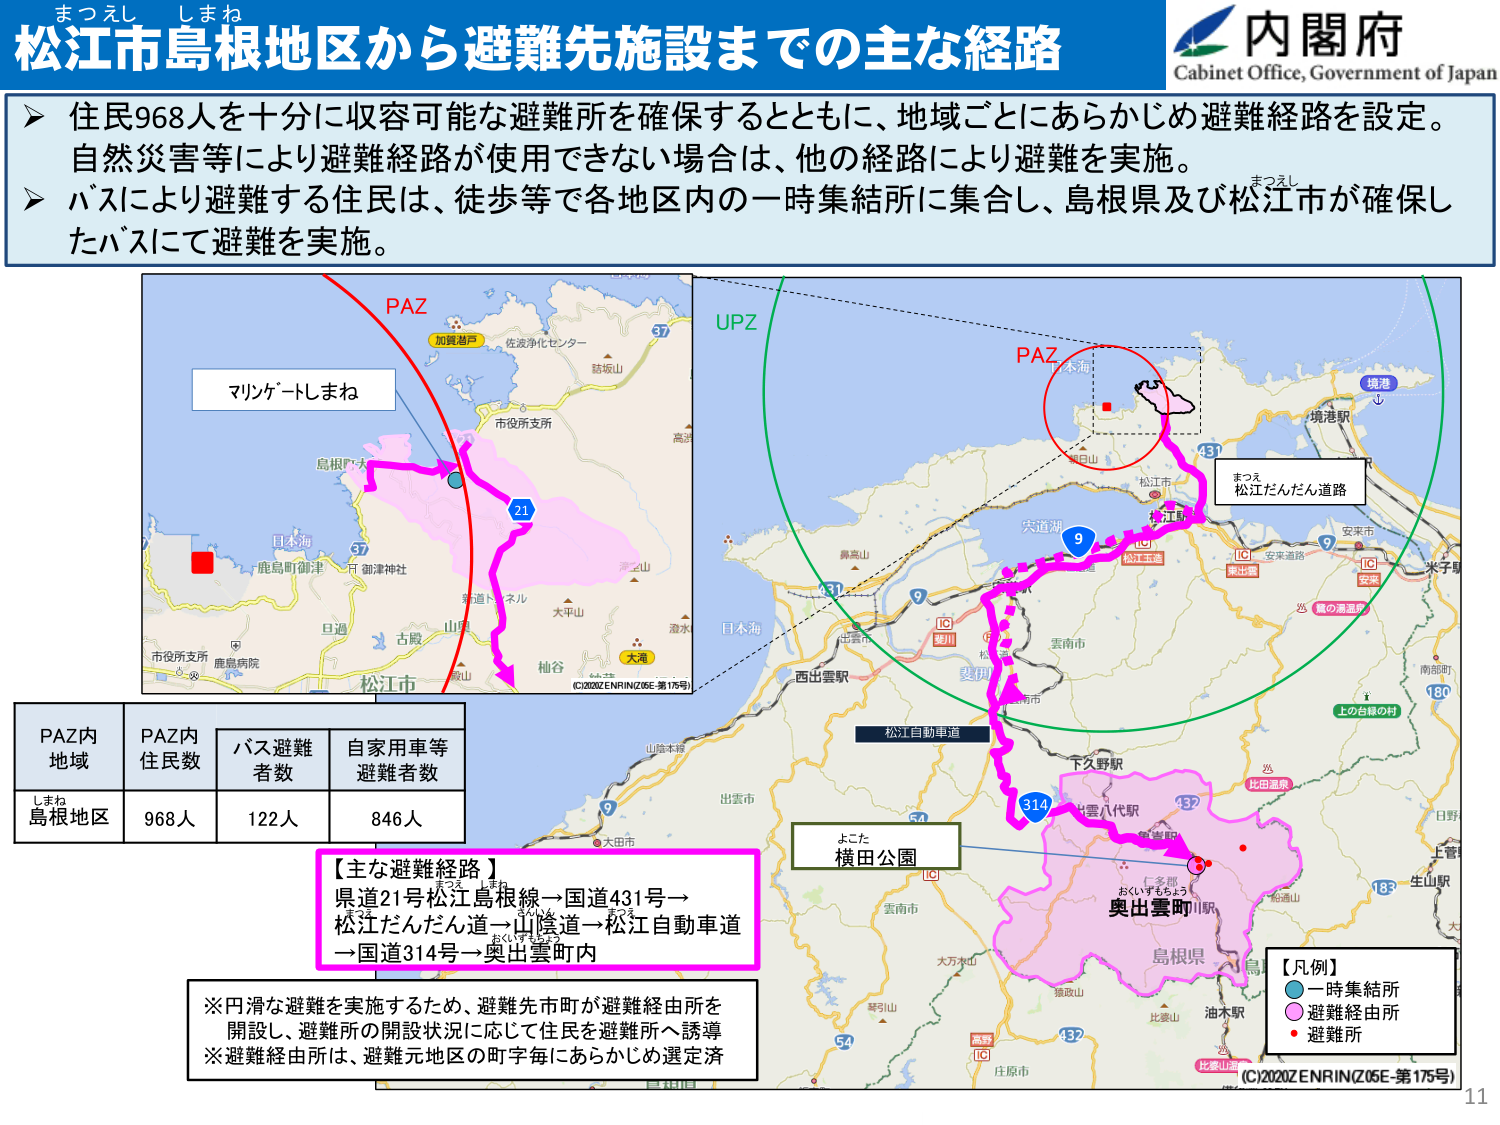
まつえし しまね
松江市島根地区から避難先施設までの主な経路
内閣府
Cabinet Office, Government of Japan

➤ 住民968人を十分に収容可能な避難所を確保するとともに、地域ごとにあらかじめ避難経路を設定。
自然災害等により避難経路が使用できない場合は、他の経路により避難を実施。
➤ バスにより避難する住民は、徒歩等で各地区内の一時集結所に集合し、島根県及び松江市が確保したバスにて避難を実施。

PAZ
加賀港戸
佐波浄化センター
鈴坂山
市役所支所
高浜
37
マリンゲートしまね
島根門
日木海
鹿島町御津
御津神社
37
旦過
古殿
山田
大平山
穂谷
大滝
(©2020ZENRIN(Z05E-第175号)
松江市
PAZ
UPZ
松江市
境港
境港駅
431
まつえ
松江だんだん道路
松江駅
宍道湖
9
IC
松江東
IC
安来道路
安来市
米子駅
180
南部町
日野
上の白縁の村
比田温泉
雲南市
西出雲駅
山陰本線
出雲市
大田市
9
松江自動車道
314
下久野駅
出雲八代駅
奥出雲駅
仁多郡
おぐいすちらよう
奥出雲町
島根県
油木駅
比婆山
比婆山麓
庄原市
54
132
188
生山駅
大
よこた
横田公園
【凡例】
● 一時集結所
● 避難経由所
● 避難所
(C)2020ZENRIN(Z05E-第175号)
11

PAZ内
地域
PAZ内
住民数
バス避難
者数
自家用車等
避難者数
しまね
島根地区
968人
122人
846人

【主な避難経路】
県道21号松江島根線→国道431号→
松江だんだん道→山陰道→松江自動車道
→国道314号→奥出雲町内

※円滑な避難を実施するため、避難先市町が避難経由所を開設し、避難所の開設状況に応じて住民を避難所へ誘導
※避難経由所は、避難元地区の町字毎にあらかじめ選定済